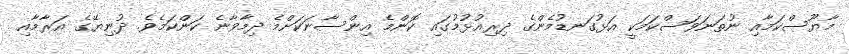
މާޔޫސްކަމާއި ނުތަނަވަސްކަމަކީ އަޅުގަނޑުމެންގެ ދިރިއުޅުމުގައި ކޮންމެ އިންސާނަކަށްމެ ދިމާވާނެ ކަންކަމެވެ. ދުނިޔޭގެ އަރާމާއި